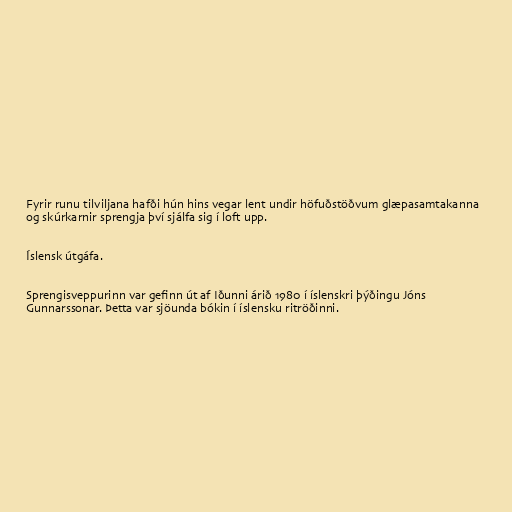
Fyrir runu tilviljana hafði hún hins vegar lent undir höfuðstöðvum glæpasamtakanna
og skúrkarnir sprengja því sjálfa sig í loft upp.

Íslensk útgáfa.

Sprengisveppurinn var gefinn út af Iðunni árið 1980 í íslenskri þýðingu Jóns
Gunnarssonar. Þetta var sjöunda bókin í íslensku ritröðinni.